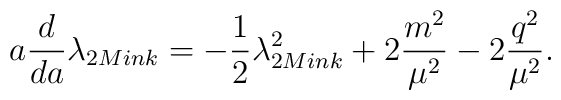
a \frac{d}{da} \lambda_{2 Mink} =  - \frac{1}{2}\lambda^2_{2 Mink} + 2\frac{m^2}{\mu^2}-2\frac{q^2}{\mu^2}.